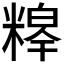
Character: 𮇸